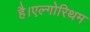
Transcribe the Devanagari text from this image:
है।एल्गोरिथम